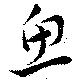
魚